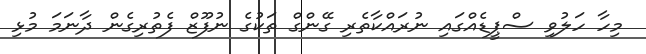
މިހާ ހަލުވި ސްޕީޑެއްގައި ނުރައްކާތެރި ގޭންގް ތަކުގެ ނުފޫޒް ފެތުރިގެން ދާނަމަ މުޅި